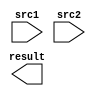
module MULADD_2 (
  input      [51:0]   src1,
  input      [33:0]   src2,
  output     [65:0]   result
);

endmodule